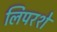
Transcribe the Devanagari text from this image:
लिपरशे